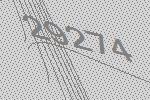
29274